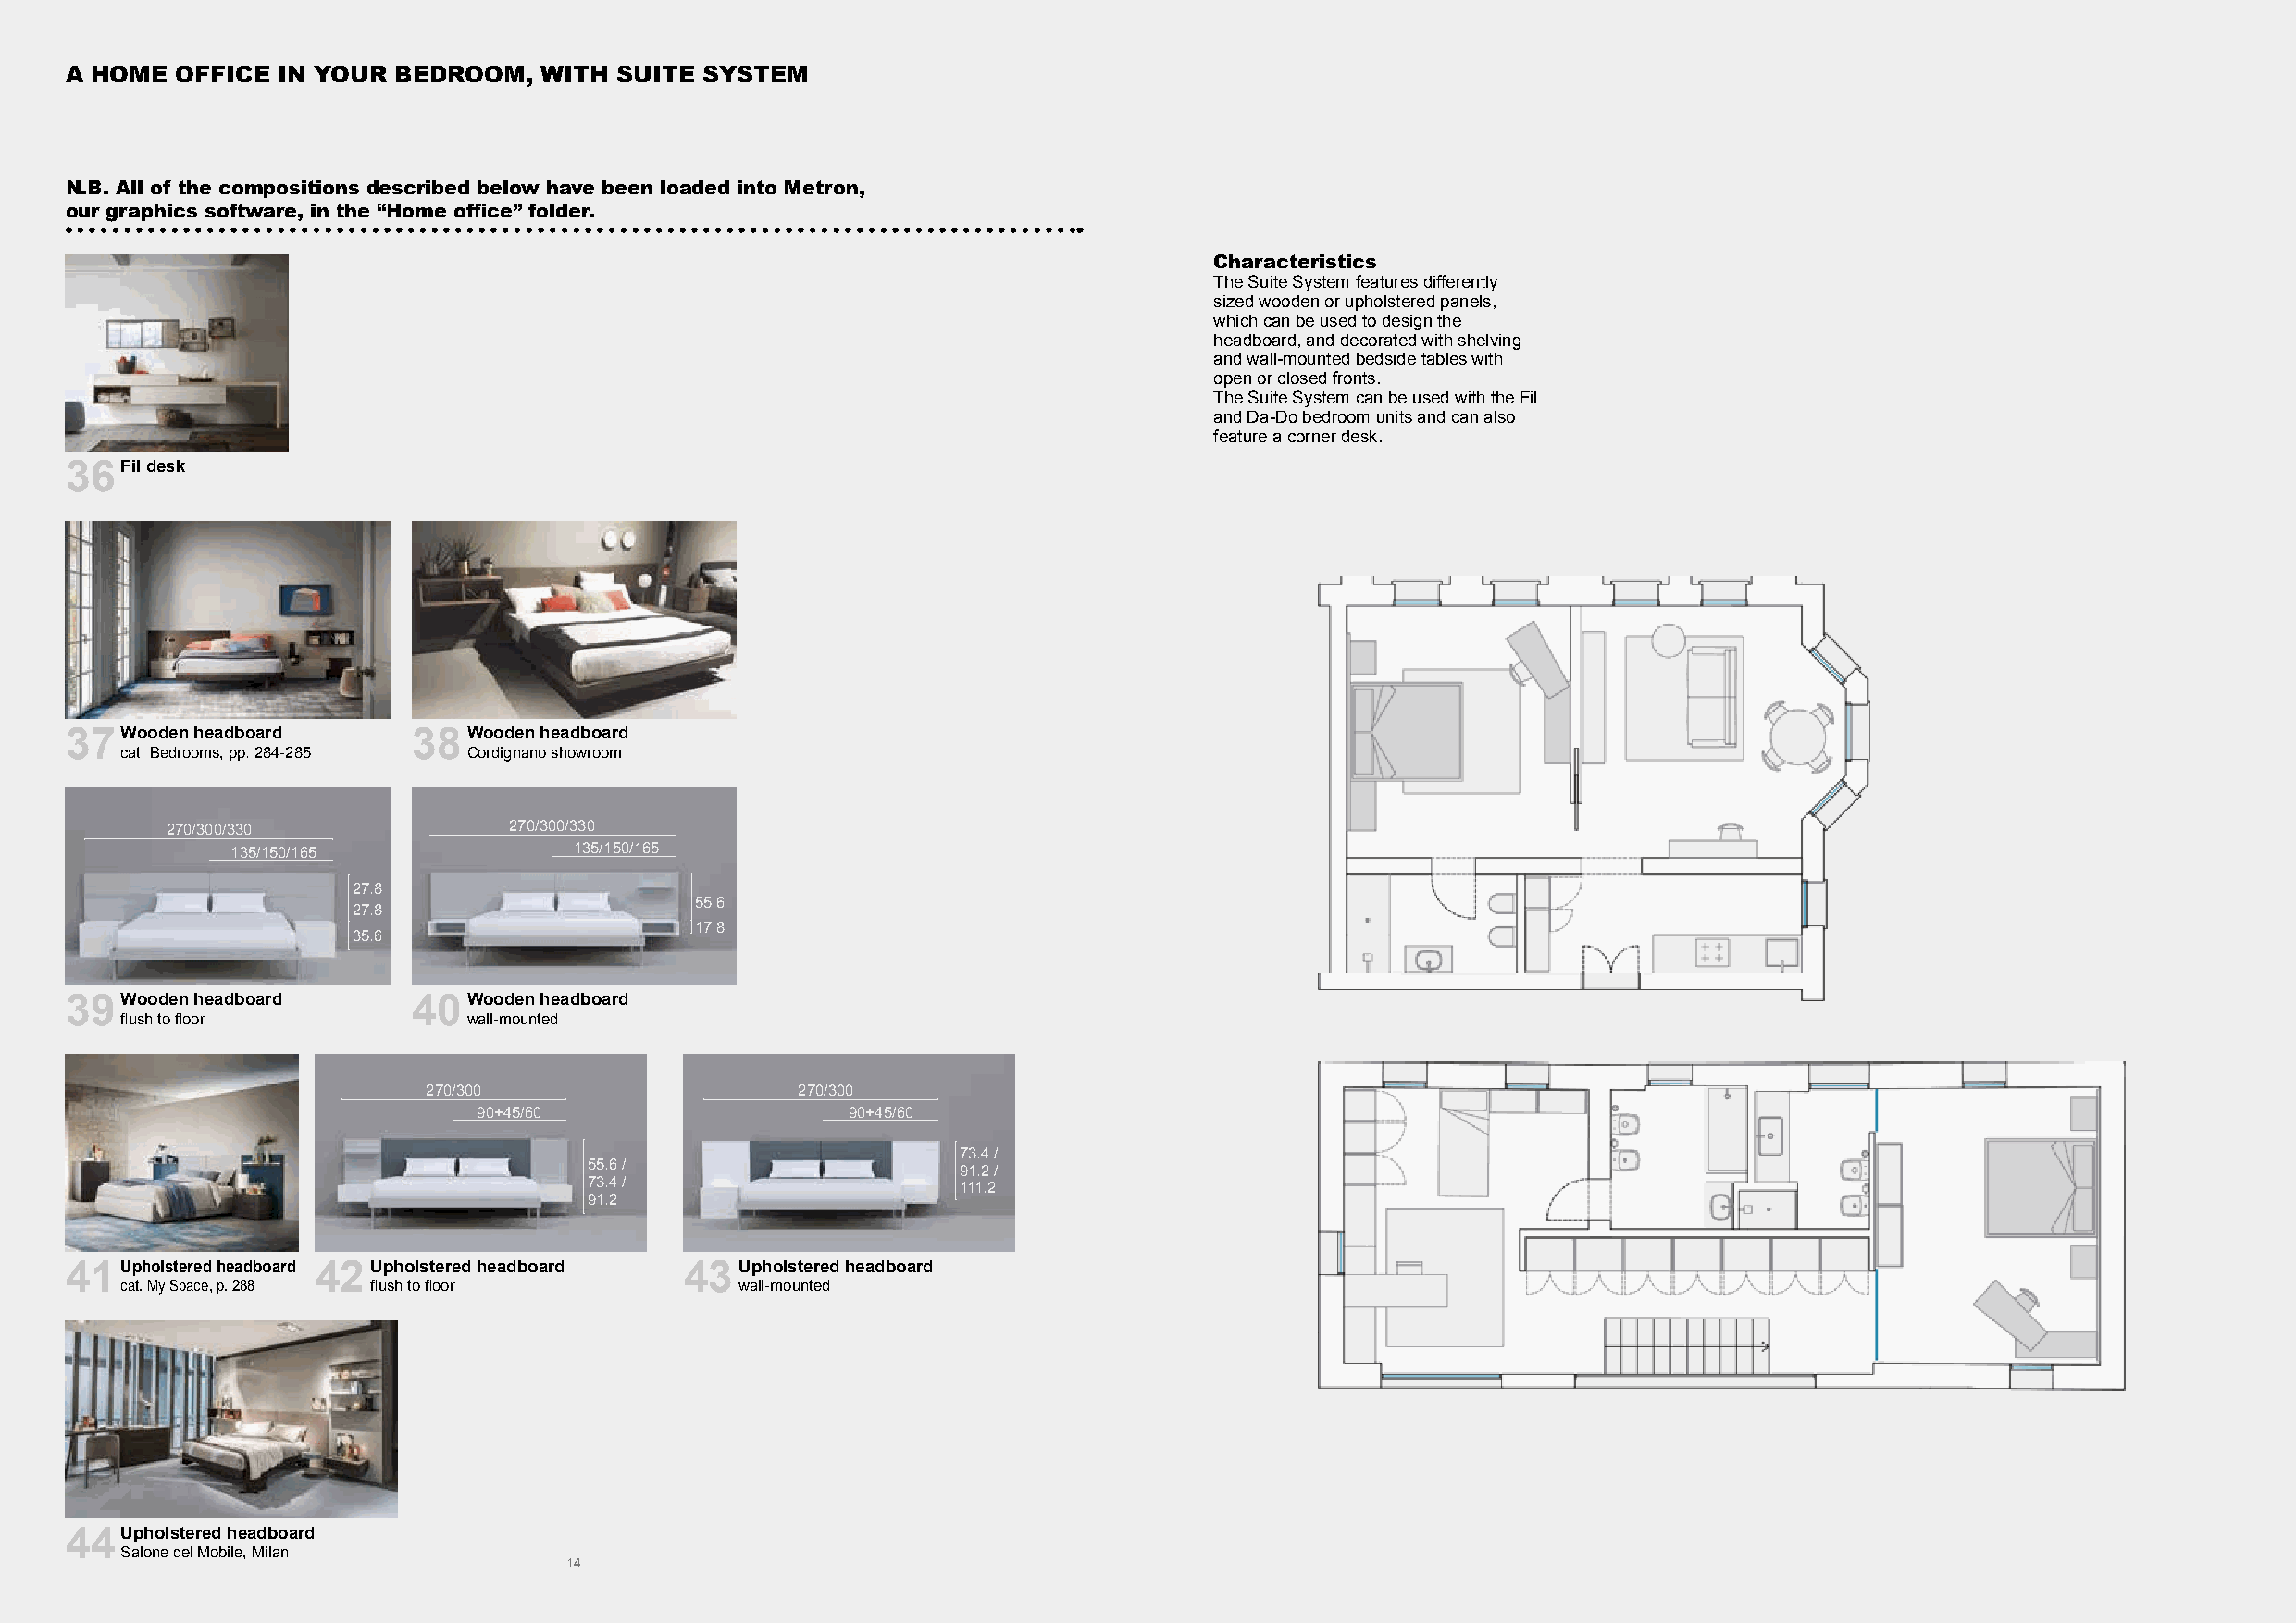
A HOME  OFFICE IN YOUR BEDROOM,   WITH SUITE SYSTEM
 N.B. All of the compositions described below have been loaded into Metron,
 our graphics software, in the “Home office” folder.
 Characteristics
 The Suite System features differently
 sized wooden or upholstered panels,
 which can be used to design the
 headboard, and decorated with shelving
 and wall-mounted bedside tables with
 open or closed fronts.
 The Suite System can be used with the Fil
 and Da-Do bedroom units and can also
 feature a corner desk.
 36  Fil desk
 37  Wooden headboard    38Wooden  headboard
 cat. Bedrooms, pp. 284-285 Cordignano showroom
 270/300/330             270/300/330
 135/150/165             135/150/165
 27.8
 55.6
 27.8
 17.8
 35.6
 39  Wooden headboard    40Wooden  headboard
 flush to floor          wall-mounted
 270/300                    270/300
 90+45/60                   90+45/60
 73.4 /
 55.6 /                     91.2 /
 73.4 /                     111.2
 91.2
 41  Upholstered headboard 42 Upholstered headboard 43 Upholstered headboard
 cat. My Space, p. 288 flush to floor        wall-mounted
 44  Upholstered headboard
 Salone del Mobile, Milan
 14